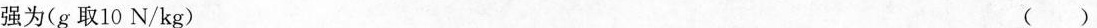
强为(g取10N/kg) ()